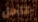
كاحل